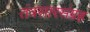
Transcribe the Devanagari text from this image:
तंत्रसारसंग्रह